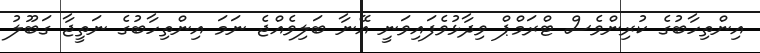
އިންތިހާބުގެ ކުރިންވެސް ޓްރަމްޕް ވިދާޅުވެފައިވަނީ އޭނާ ބަލިވެއްޖެ ނަމަ އިންތިހާބުގެ ނަތީޖާ ގަބޫލު